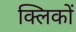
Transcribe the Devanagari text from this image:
क्लिकों